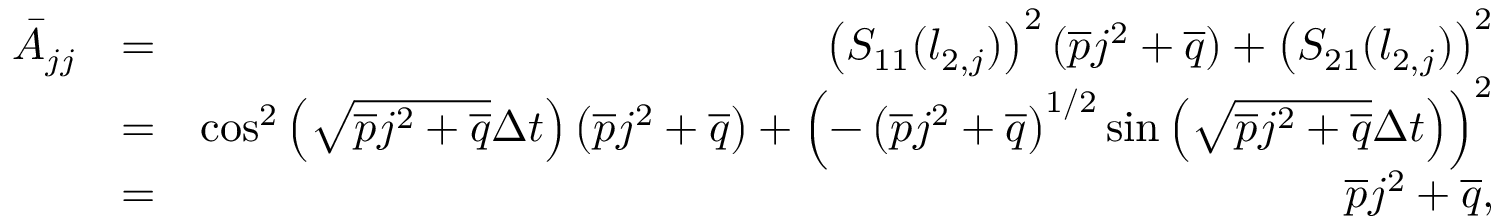
\begin{array} { r l r } { \bar { A } _ { j j } } & { = } & { \left( S _ { 1 1 } ( l _ { 2 , j } ) \right) ^ { 2 } ( \overline { { p } } j ^ { 2 } + \overline { { q } } ) + \left( S _ { 2 1 } ( l _ { 2 , j } ) \right) ^ { 2 } } \\ & { = } & { \cos ^ { 2 } \left( \sqrt { \overline { { p } } j ^ { 2 } + \overline { { q } } } \Delta t \right) \left( \overline { { p } } j ^ { 2 } + \overline { { q } } \right) + \left( - \left( \overline { { p } } j ^ { 2 } + \overline { { q } } \right) ^ { 1 / 2 } \sin \left( \sqrt { \overline { { p } } j ^ { 2 } + \overline { { q } } } \Delta t \right) \right) ^ { 2 } } \\ & { = } & { \overline { { p } } j ^ { 2 } + \overline { { q } } , } \end{array}